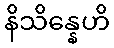
နိသိန္နေဟိ